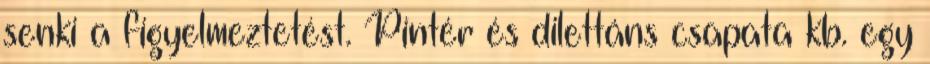
senki a figyelmeztetést. Pintér és dilettáns csapata kb. egy